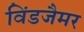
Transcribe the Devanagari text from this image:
विंडजैमर